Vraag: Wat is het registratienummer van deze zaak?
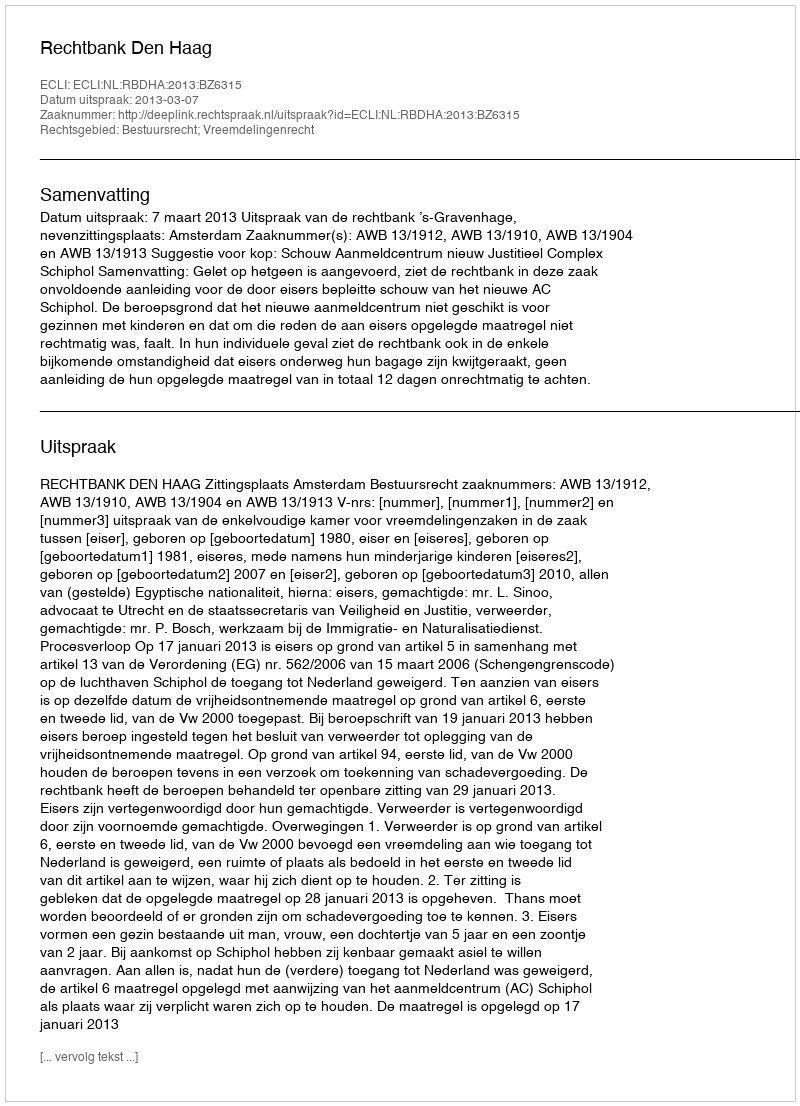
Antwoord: http://deeplink.rechtspraak.nl/uitspraak?id=ECLI:NL:RBDHA:2013:BZ6315